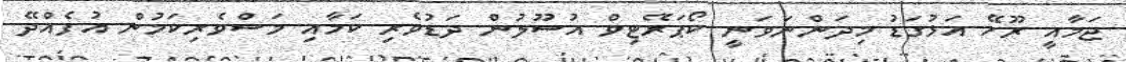
ޖަމާއީ ރޫހޭ އަޅުގަޑު މިދަންނަވަނީ ކޯޕަރޭޓިވް އުސޫލުން ދަޑުވެރި ކަމާއި މަސްވެރިކަމުން އުފެއްދޭ